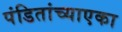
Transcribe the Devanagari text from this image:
पंडितांच्याएका